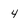
Character: 4